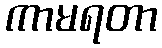
ကာမရတာ